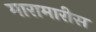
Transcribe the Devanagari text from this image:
मारामारीस